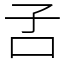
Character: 𡥄